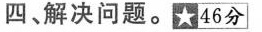
四、解决问题。★46分